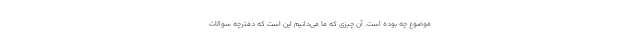
موضوع چه بوده است. آن چیزی که ما می‌دانیم این است که دفترچه سوالات